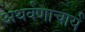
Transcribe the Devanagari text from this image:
अथर्वणाचार्य